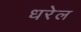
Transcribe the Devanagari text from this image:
धरेल